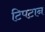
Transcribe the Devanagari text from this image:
टिपटान